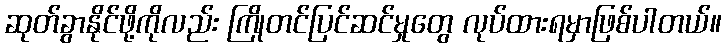
ဆုတ်ခွာနိုင်ဖို့ကိုလည်း ကြိုတင်ပြင်ဆင်မှုတွေ လုပ်ထားရမှာဖြစ်ပါတယ်။